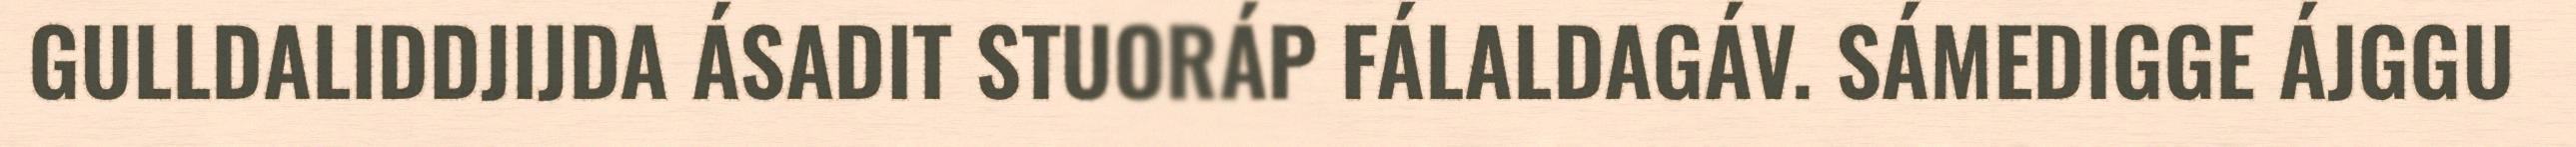
GULLDALIDDJIJDA ÁSADIT STUORÁP FÁLALDAGÁV. SÁMEDIGGE ÁJGGU